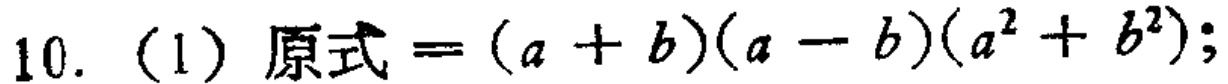
10. (1) 原式\(=(a + b)(a - b)(a^{2} + b^{2})\);